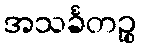
အသင်္ခတဉ္စ